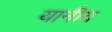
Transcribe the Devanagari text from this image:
यानीय